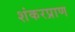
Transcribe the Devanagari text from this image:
शंकरप्राण